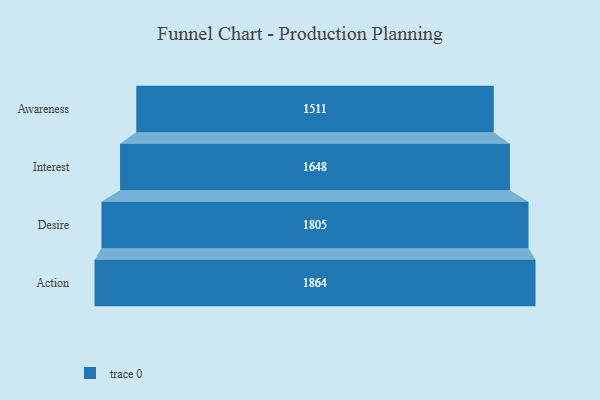
{"axis": {"x": "Stage", "y": "Value"}, "legend": [""], "data": [{"x": "Awareness", "y": 1511.0, "type": ""}, {"x": "Interest", "y": 1648.0, "type": ""}, {"x": "Desire", "y": 1805.0, "type": ""}, {"x": "Action", "y": 1864.0, "type": ""}]}